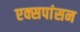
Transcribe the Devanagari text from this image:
एक्सपांसन